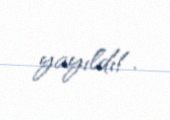
yayıldı!.